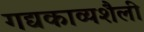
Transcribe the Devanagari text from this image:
गद्यकाव्यशैली